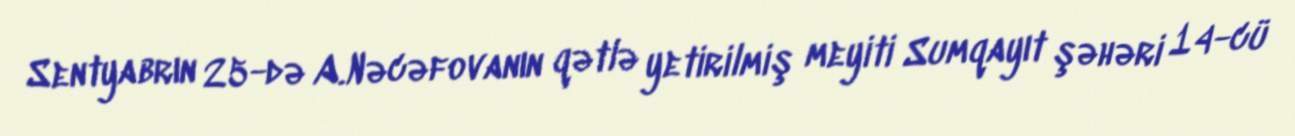
Sentyabrın 25-də A.Nəcəfovanın qətlə yetirilmiş meyiti Sumqayıt şəhəri 14-cü